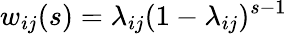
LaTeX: w_{ij}(s)=\lambda_{ij}(1-\lambda_{ij})^{s-1}